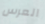
العرس